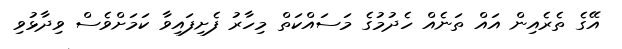
އޭގެ ތެރެއިން އައް ތަނެއް ހެދުމުގެ މަސައްކަތް މިހާރު ފެށިފައިވާ ކަމަށްވެސް ވިދާޅުވި